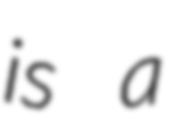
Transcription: is a